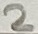
Text: 2